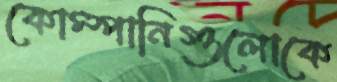
কোম্পানিগুলোকে